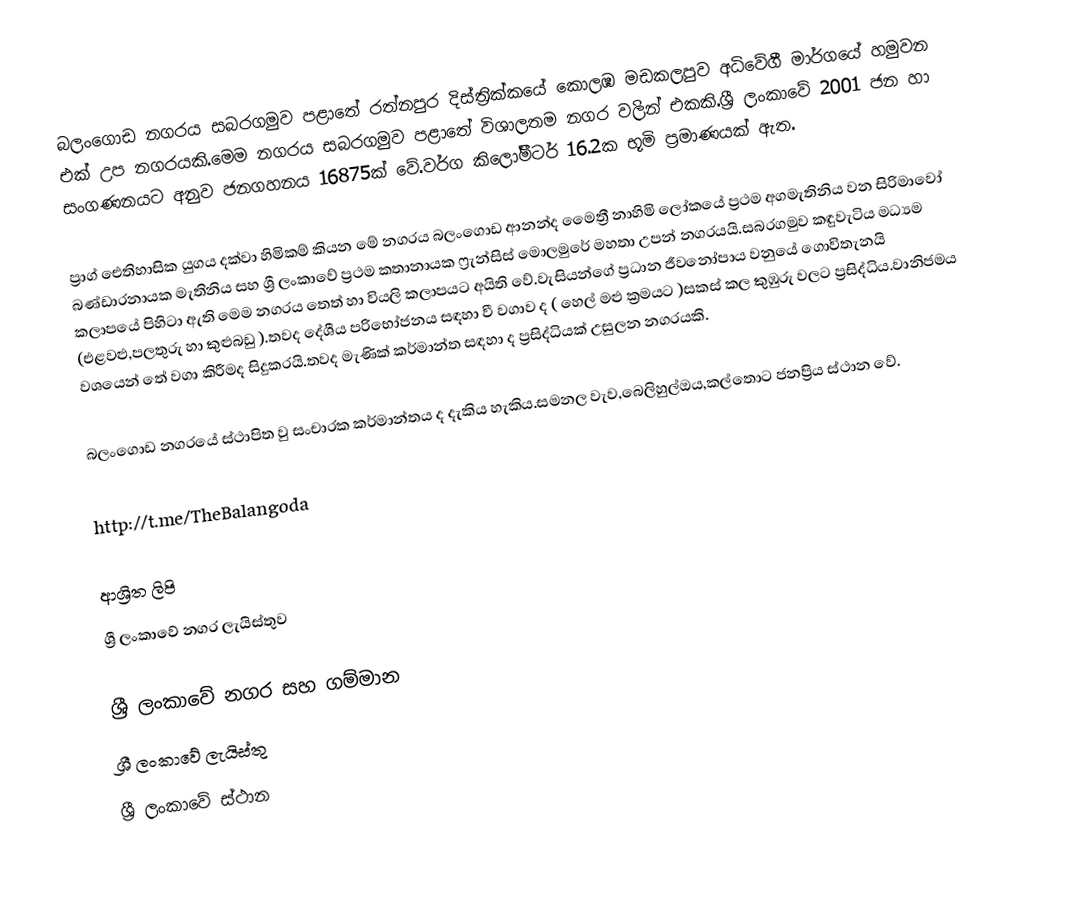
බලංගොඩ නගරය සබරගමුව පළාතේ රත්නපුර දිස්ත්‍රික්කයේ කොලඹ මඩකලපුව අධිවේගී මාර්ගයේ හමුවන එක් උප නගරයකි.මෙම නගරය සබරගමුව පළාතේ විශාලතම නගර වලින් එකකි.ශ්‍රී ලංකාවේ 2001 ජන හා සංගණනයට අනුව ජනගහනය 16875ක් වේ.වර්ග කිලෝමීටර් 16.2ක භූමි ප්‍රමාණයක් ඇත.

ප්‍රාග් ඓතිහාසික යුගය දක්වා හිමිකම් කියන මේ නගරය බලංගොඩ ආනන්ද මෛත්‍රී නාහිමි ලෝකයේ ප්‍රථම අගමැතිනිය වන සිරිමාවෝ බණ්ඩාරනායක මැතිනිය සහ ශ්‍රී ලංකාවේ ප්‍රථම කතානායක ෆ්‍රැන්සිස් මොලමුරේ මහතා උපන් නගරයයි.සබරගමුව කඳුවැටිය මධ්‍යම කලාපයේ පිහිටා ඇති  මෙම නගරය තෙත් හා වියලි කලාපයට අයිති වේ.වැසියන්ගේ ප්‍රධාන ජීවනෝපාය වනුයේ ගොවිතැනයි (එළවළු,පලතුරු හා කුළුබඩු ).තවද දේශීය පරිභෝජනය සඳහා වී වගාව ද ( හෙල් මළු ක්‍රමයට )සකස් කල කුඹුරු වලට ප්‍රසිද්ධිය.වානිජමය වශයෙන් තේ වගා කිරීමද සිදුකරයි.තවද මැණික් කර්මාන්ත සඳහා ද ප්‍රසිද්ධියක් උසුලන නගරයකි.

බලංගොඩ නගරයේ  ස්ථාපිත වු සංචාරක කර්මාන්තය ද දැකිය හැකිය.සමනල වැව,බෙලිහුල්ඔය,කල්තොට ජනප්‍රිය ස්ථාන වේ.

http://t.me/TheBalangoda

ආශ්‍රිත ලිපි
ශ්‍රී ලංකාවේ නගර ලැයිස්තුව

ශ්‍රී ලංකාවේ නගර සහ ගම්මාන
ශ්‍රී ලංකාවේ ලැයිස්තු
ශ්‍රී ලංකාවේ ස්ථාන